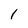
Character: I